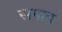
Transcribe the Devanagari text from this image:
समाच